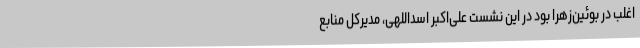
اغلب در بوئین‌زهرا بود در این نشست علی‌اکبر اسداللهی، مدیرکل منابع